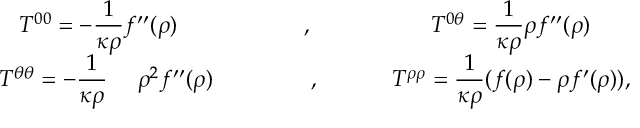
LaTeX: \begin{array} { c c c } { { { \cal T } ^ { 0 0 } = - \displaystyle { \frac { 1 } { \kappa \rho } } f ^ { \prime \prime } ( \rho ) } } & { { \ \ , \ } } & { { { \cal T } ^ { 0 \theta } = \displaystyle { \frac { 1 } { \kappa \rho } } \rho f ^ { \prime \prime } ( \rho ) } } \\ { { \ \ { \cal T } ^ { \theta \theta } = - \displaystyle { \frac { 1 } { \kappa \rho } } \ \ \ \ \rho ^ { 2 } f ^ { \prime \prime } ( \rho ) } } & { { \ \ \ \ \ \ \ \ \ \ , \ \ \ \ \ \ \ } } & { { { \cal T } ^ { \rho \rho } = \displaystyle { \frac { 1 } { \kappa \rho } } ( f ( \rho ) - \rho f ^ { \prime } ( \rho ) ) , } } \end{array}